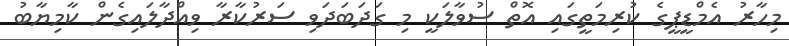
މިހާރު އެމްޑީޕީގެ ކުރިމަތީގައި އޮތް ސުވާލަކީ މި ގަދަބަދަވި ސަރުކާރާ ވިއްދާލައިގެން ކާމިޔާބު